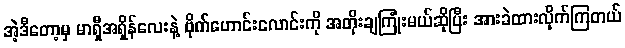
အဲ့ဒီတော့မှ မာရှီအရှိန်လေးနဲ့ ဗိုက်ဟောင်းလောင်းကို အတိုးချကြုံးမယ်ဆိုပြီး အားခဲထားလိုက်ကြတယ်